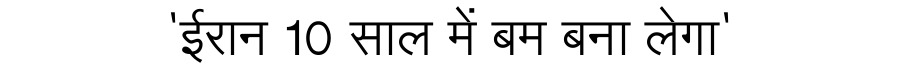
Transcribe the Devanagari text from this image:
'ईरान 10 साल में बम बना लेगा'